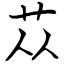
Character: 苁